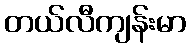
တယ်လီကျန်းမာ